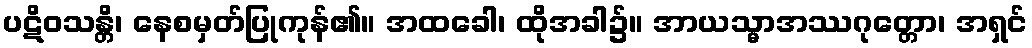
ပဋိဝသန္တိ၊ နေစမှတ်ပြုကုန်၏။ အထခေါ၊ ထိုအခါ၌။ အာယသ္မာအဿဂုတ္တော၊ အရှင်